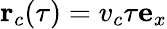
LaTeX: \mathbf{r}_{c}(\tau)=v_{c}\tau\mathbf{e}_{x}